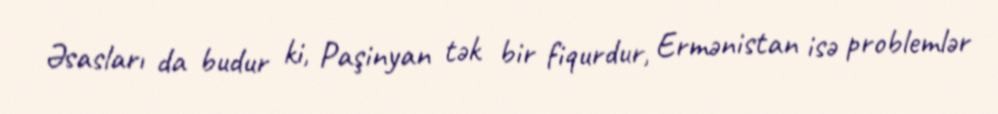
Əsasları da budur ki, Paşinyan tək bir fiqurdur, Ermənistan isə problemlər